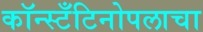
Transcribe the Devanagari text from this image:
कॉन्स्टँटिनोपलाचा